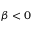
\beta < 0